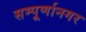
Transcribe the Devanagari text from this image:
सम्पूर्णानगर